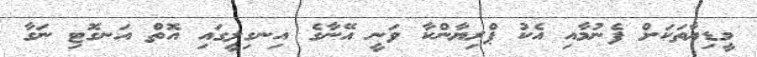
މީޑިޔާތަކަށް ފެނުމާއި އެކު ޕްރިޔާންކާ ވަނީ އޭނާގެ އިނގިލީގައި އޮތް އަނގޮޓި ނަގާ